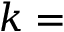
k =